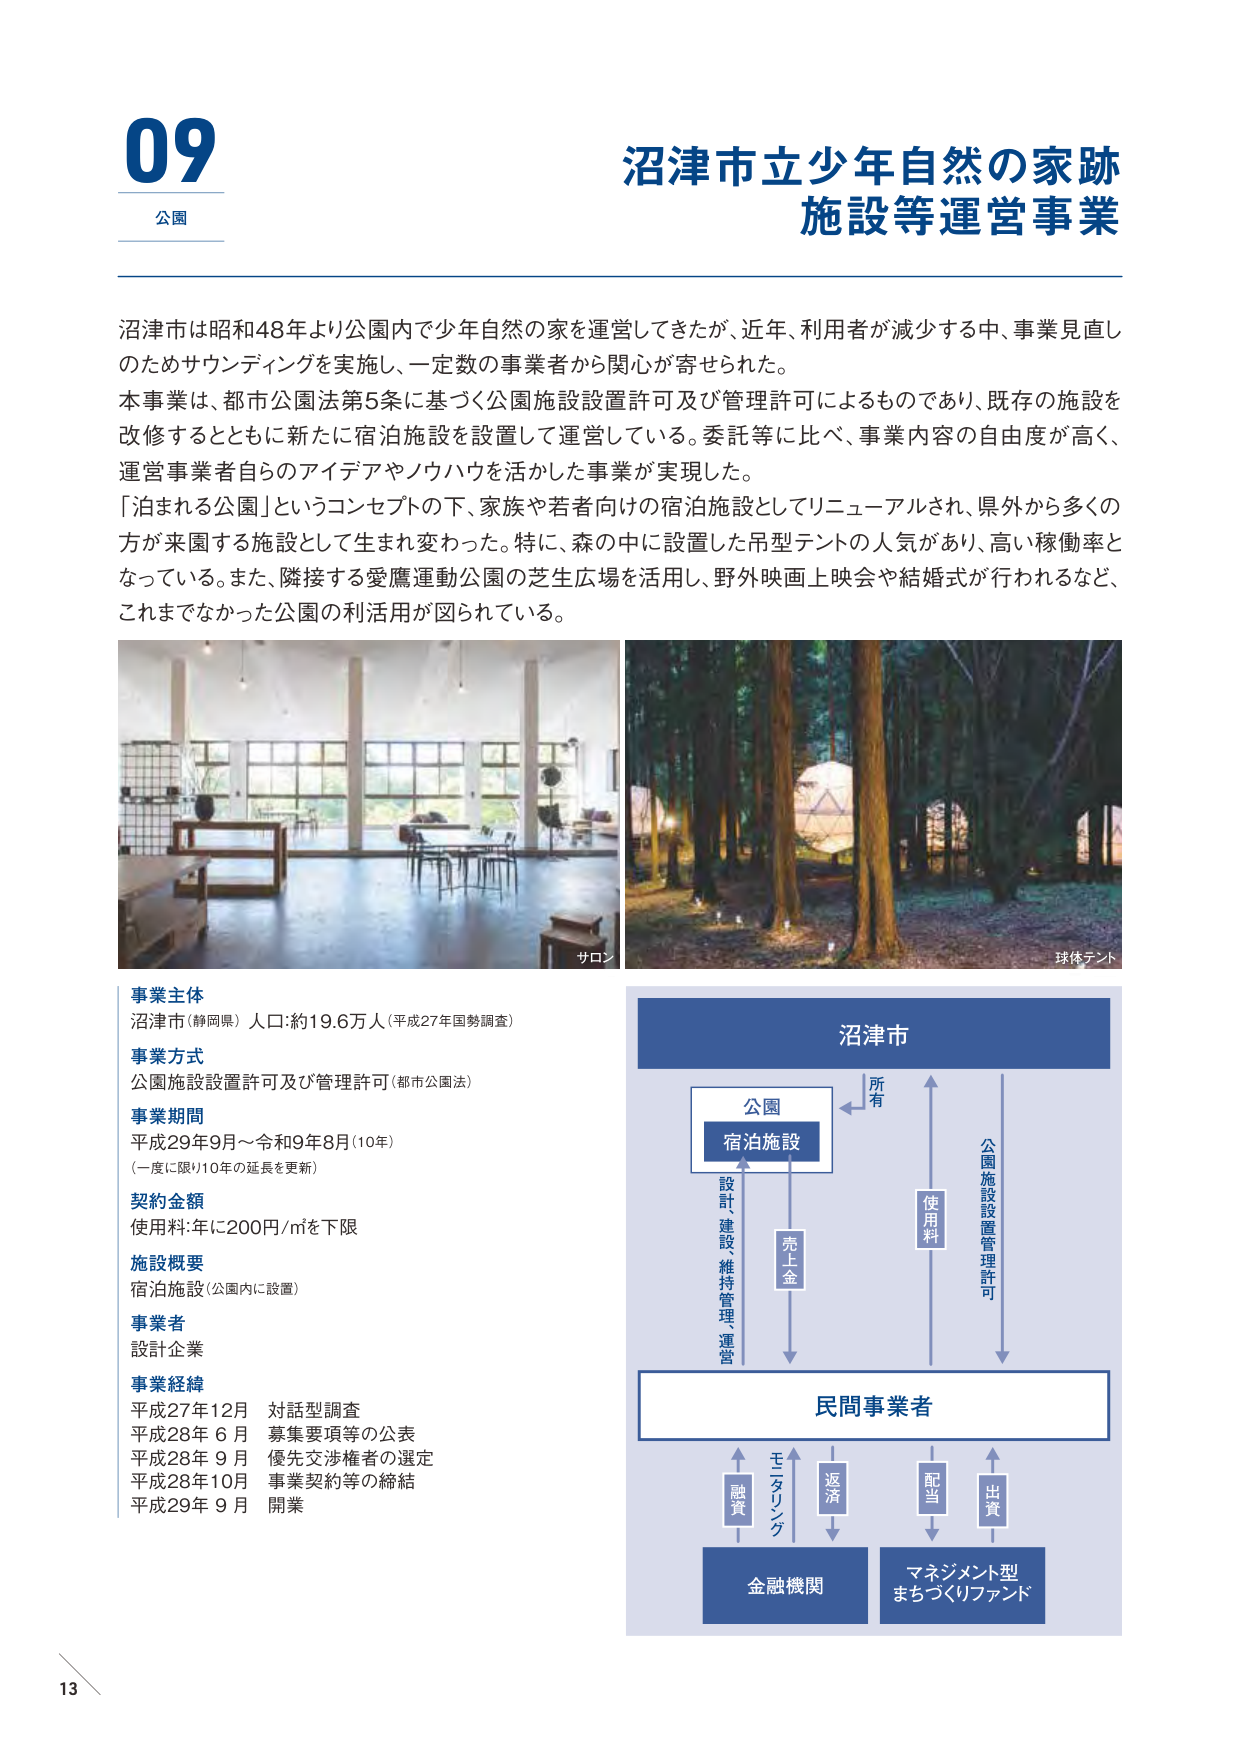
09
公園

沼津市立少年自然の家跡
施設等運営事業

沼津市は昭和48年より公園内で少年自然の家を運営してきたが、近年、利用者が減少する中、事業見直しのためサウンディングを実施し、一定数の事業者から関心が寄せられた。
本事業は、都市公園法第5条に基づく公園施設設置許可及び管理許可によるものであり、既存の施設を改修するとともに新たに宿泊施設を設置して運営している。委託等に比べ、事業内容の自由度が高く、運営事業者自らのアイデアやノウハウを活かした事業が実現した。
「泊まれる公園」というコンセプトの下、家族や若者向けの宿泊施設としてリニューアルされ、県外から多くの方々が来園する施設として生まれ変わった。特に、森の中に設置した吊型テントの人気があり、高い稼働率となっている。また、隣接する愛鷹運動公園の芝生広場を活用し、野外映画上映会や結婚式が行われるなど、これまでなかった公園の利活用が図られている。

サロン
球体テント

事業主体
沼津市（静岡県） 人口：約19.6万人（平成27年国勢調査）

事業方式
公園施設設置許可及び管理許可（都市公園法）

事業期間
平成29年9月～令和9年8月（10年）
（一度に限り10年の延長を更新）

契約金額
使用料：年につき200円/㎡を下限

施設概要
宿泊施設（公園内に設置）

事業者
設計企業

事業経緯
平成27年12月 対話型調査
平成28年 6月 募集要項等の公表
平成28年 9月 優先交渉権者の選定
平成28年10月 事業契約等の締結
平成29年 9月 開業

沼津市
所有
公園
宿泊施設
設計・建設・維持管理・運営
売上金
使用料
公園施設設置管理許可
民間事業者
融資
モニタリング
返済
配当
出資
金融機関
マネジメント型
まちづくりファンド

13